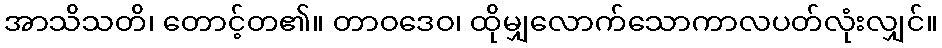
အာသိသတိ၊ တောင့်တ၏။ တာဝဒေဝ၊ ထိုမျှလောက်သောကာလပတ်လုံးလျှင်။